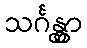
သင်္ဂန္တွာ